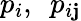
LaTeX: p_{i},\ \ p_{i\mathbf{j}}